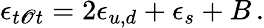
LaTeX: \epsilon_{t\mathscr{O}t}=2\epsilon_{u,d}+\epsilon_{s}+B\, .